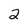
Character: 2